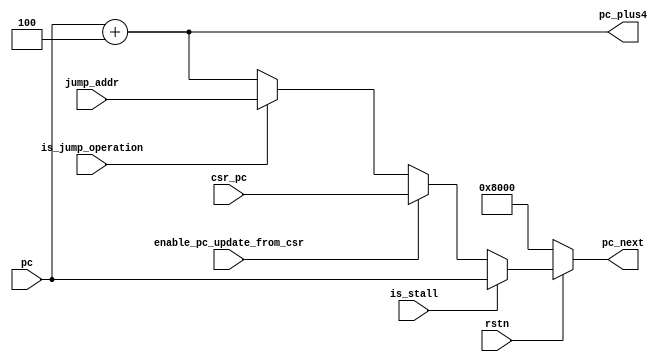
module gen_next_pc (
    input rstn,
    input is_jump_operation,
    input [31:0] jump_addr,
    input [31:0] pc,
    input enable_pc_update_from_csr,
    input [31:0] csr_pc,
    input is_stall,

    output wire [31:0] pc_next,
    output wire [31:0] pc_plus4
);
  // todo branch prediction
  //
  assign pc_plus4 = pc + 'h04;
  assign pc_next = func_next_pc(
      rstn, 
      is_stall,
      pc,
      is_jump_operation,
      jump_addr,
      pc_plus4,
      enable_pc_update_from_csr,
      csr_pc
  );

  function automatic [31:0] func_next_pc;
    input rstn;
    input is_stall;
    input [31:0] pc;
    input is_jump;
    input [31:0] jump_addr;
    input [31:0] pc_plus4;
    input enable_pc_update_from_csr;
    input [31:0] csr_pc;

    begin
      if (!rstn) begin
        func_next_pc = 32'h00008000;
      end else if (is_stall) begin
        func_next_pc = pc;
      end else if (enable_pc_update_from_csr) begin
        func_next_pc = csr_pc;
      end else if (is_jump) begin
        func_next_pc = jump_addr;
      end else begin
        func_next_pc = pc_plus4;
      end
    end
  endfunction
endmodule